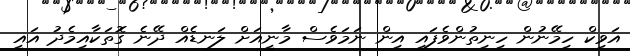
އަވިކް ހިމޭނުން ހިނިތުންވެފައި އިން ނަމަވެސް މާނީއަށް ލަނޑެއް ދޭނެ ގޮތަކާއިމެދު އައީ